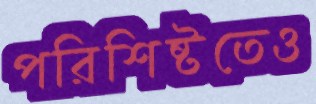
পরিশিষ্টতেও